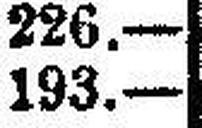
193.—